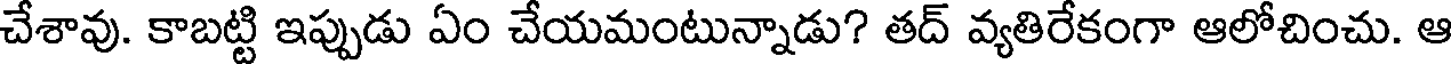
చేశావు. కాబట్టి ఇప్పుడు ఏం చేయమంటున్నాడు? తద్ వ్యతిరేకంగా ఆలోచించు. ఆ